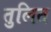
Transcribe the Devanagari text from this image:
तुलित